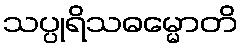
သပ္ပုရိသဓမ္မောတိ